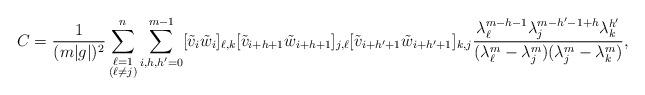
LaTeX: \begin{align*}C=\frac{1}{(m|g|)^2}\sum_{\substack{\ell=1\\(\ell\neq j)}}^n\sum_{i,h,h'=0}^{m-1}[\tilde{v}_i\tilde{w}_i]_{\ell,k}[\tilde{v}_{i+h+1}\tilde{w}_{i+h+1}]_{j,\ell}[\tilde{v}_{i+h'+1}\tilde{w}_{i+h'+1}]_{k,j}\frac{\lambda_\ell^{m-h-1}\lambda_j^{m-h'-1+h}\lambda_k^{h'}}{(\lambda_\ell^m-\lambda_j^m)(\lambda_j^m-\lambda_k^m)},\end{align*}